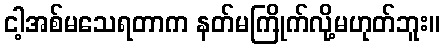
ငါ့အစ်မသေရတာက နတ်မကြိုက်လို့မဟုတ်ဘူး။